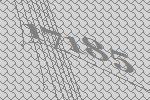
17185